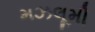
મઝલૂમી